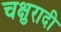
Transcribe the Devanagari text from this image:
चक्षुरादी